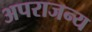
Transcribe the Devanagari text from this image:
अपराजन्य